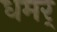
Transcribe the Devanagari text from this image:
धमर्